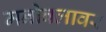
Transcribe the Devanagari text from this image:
मनोबलावर